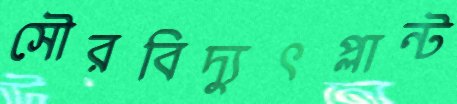
সৌরবিদ্যুৎপ্লান্ট